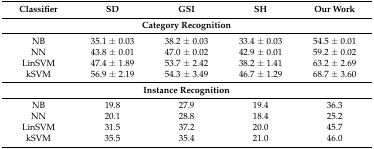
<table><thead><tr><td><b>Classifier</b></td><td><b>SD</b></td><td><b>GSI</b></td><td><b>SH</b></td><td><b>Our Work</b></td></tr></thead><tbody><tr><td colspan="5"><b>Category Recognition</b></td></tr><tr><td>NB</td><td>35.1 ± 0.03</td><td>38.2 ± 0.03</td><td>33.4 ± 0.03</td><td>54.5 ± 0.01</td></tr><tr><td>NN</td><td>43.8 ± 0.01</td><td>47.0 ± 0.02</td><td>42.9 ± 0.01</td><td>59.2 ± 0.02</td></tr><tr><td>LinSVM</td><td>47.4 ± 1.89</td><td>53.7 ± 2.42</td><td>38.2 ± 1.41</td><td>63.2 ± 2.69</td></tr><tr><td>kSVM</td><td>56.9 ± 2.19</td><td>54.3 ± 3.49</td><td>46.7 ± 1.29</td><td>68.7 ± 3.60</td></tr><tr><td colspan="5"><b>Instance Recognition</b></td></tr><tr><td>NB</td><td>19.8</td><td>27.9</td><td>19.4</td><td>36.3</td></tr><tr><td>NN</td><td>20.1</td><td>28.8</td><td>18.4</td><td>25.2</td></tr><tr><td>LinSVM</td><td>31.5</td><td>37.2</td><td>20.0</td><td>45.7</td></tr><tr><td>kSVM</td><td>35.5</td><td>35.4</td><td>21.0</td><td>46.0</td></tr></tbody></table>